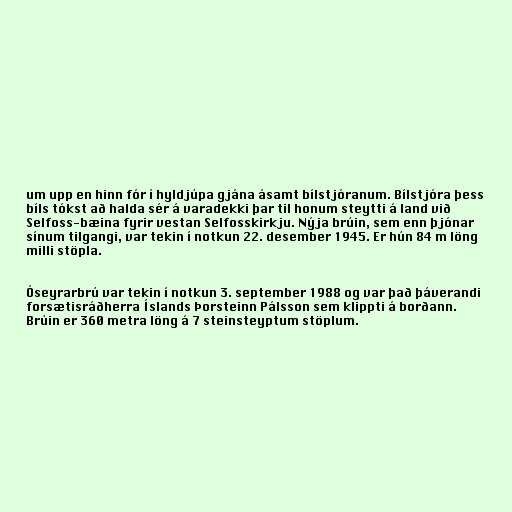
um upp en hinn fór í hyldjúpa gjána ásamt bílstjóranum. Bílstjóra þess
bíls tókst að halda sér á varadekki þar til honum steytti á land við
Selfoss-bæina fyrir vestan Selfosskirkju. Nýja brúin, sem enn þjónar
sínum tilgangi, var tekin í notkun 22. desember 1945. Er hún 84 m löng
milli stöpla.

Óseyrarbrú var tekin í notkun 3. september 1988 og var það þáverandi
forsætisráðherra Íslands Þorsteinn Pálsson sem klippti á borðann.
Brúin er 360 metra löng á 7 steinsteyptum stöplum.